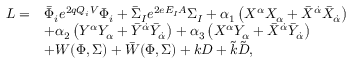
\begin{array} { r l } { { { \cal L } = } } & { { \bar { \Phi } _ { i } e ^ { 2 q Q _ { i } { \cal V } } \Phi _ { i } + \bar { \Sigma } _ { I } e ^ { 2 e E _ { I } { \cal A } } \Sigma _ { I } + \alpha _ { 1 } \left( X ^ { \alpha } X _ { \alpha } + \bar { X } ^ { \dot { \alpha } } \bar { X } _ { \dot { \alpha } } \right) } } \\ { { } } & { { + \alpha _ { 2 } \left( Y ^ { \alpha } Y _ { \alpha } + \bar { Y } ^ { \dot { \alpha } } \bar { Y } _ { \dot { \alpha } } \right) + \alpha _ { 3 } \left( X ^ { \alpha } Y _ { \alpha } + \bar { X } ^ { \dot { \alpha } } \bar { Y } _ { \dot { \alpha } } \right) } } \\ { { } } & { { + W ( \Phi , \Sigma ) + \bar { W } ( \Phi , \Sigma ) + k D + \tilde { k } \tilde { D } , } } \end{array}